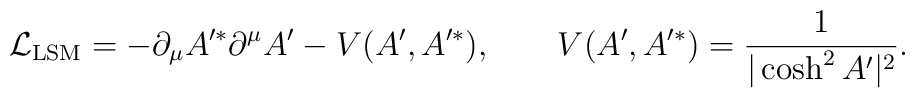
{\cal L}_{\rm LSM}=-\partial_\mu A'^* \partial^\mu A' -V(A', A'^*), \qquad V(A', A'^*)={1 \over |\cosh^2 A'|^2} .